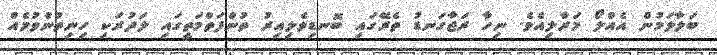
ބަލާލަމުން އެއްލޯ މަރާލިއެވެ. ނިހާ ރަޖާގަނޑު ތެރޭގައި ބޮނޑިވެލިއިރު ތުންފަތްމަތީގައި ލަދުރަކި ހިނިތުންވުމެއް